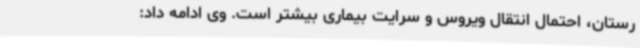
رستان، احتمال انتقال ویروس و سرایت بیماری بیشتر است. وی ادامه داد: